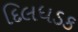
દિલધડક